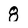
Character: 8